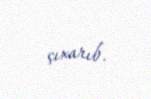
çıxarıb.